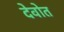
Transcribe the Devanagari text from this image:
देवोत